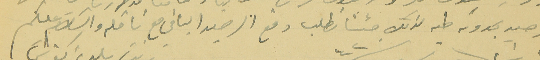
الرصيد تجدونه طيه لذلك جئنا نطلب دفع الرصيد الباقي مع ناقله والسَلام عليكم